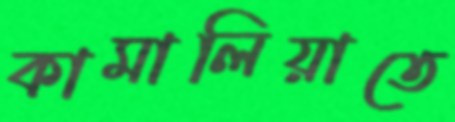
কামালিয়াতে